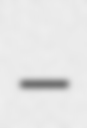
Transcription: –